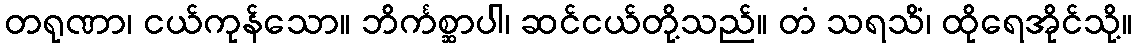
တရုဏာ၊ ငယ်ကုန်သော။ ဘိင်္ကစ္ဆာပါ၊ ဆင်ငယ်တို့သည်။ တံ သရသိံ၊ ထိုရေအိုင်သို့။